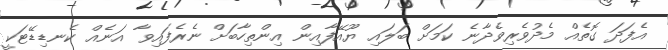
އެފަދަ ގޮތެއް މެދުވެރިވެދާނެ ކަމަށް ބަލައި ޔޫއޭފާއިން އިންތިހާބަށް ނެރެފައިވާ އަނެއް ކެނޑިޑޭޓަކީ